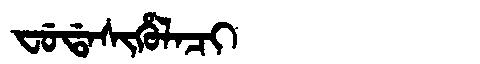
Manchu: ᠸᡠᡩᠠᠰᡳᡥᡠᠯᠠᠴᡳ
Romanization: FUDASIHULACI